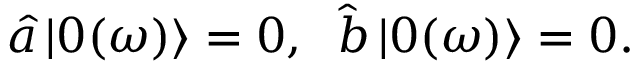
{ \hat { a } } \, { | 0 ( \omega ) \rangle } = 0 , \; \; { \hat { b } } \, | 0 ( \omega ) \rangle = 0 .